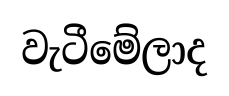
වැටීමේලාද